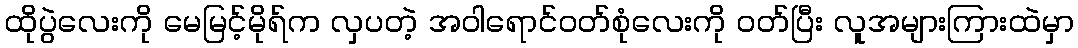
ထိုပွဲလေးကို မေမြင့်မိုရ်က လှပတဲ့ အဝါရောင်ဝတ်စုံလေးကို ဝတ်ပြီး လူအများကြားထဲမှာ